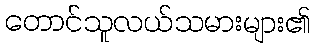
တောင်သူလယ်သမားများ၏